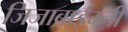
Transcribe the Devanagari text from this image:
जिजाबाईम्नी